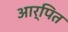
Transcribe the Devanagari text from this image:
आर्पित